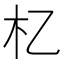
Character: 𣎷